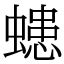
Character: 䗭